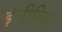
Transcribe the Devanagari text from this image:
इंजीरियर